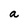
Character: a